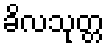
ခိလသုတ္တ